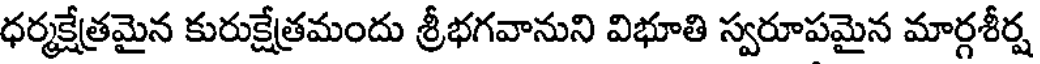
ధర్మక్షేత్రమైన కురుక్షేత్రమందు శ్రీభగవానుని విభూతి స్వరూపమైన మార్గశీర్ష